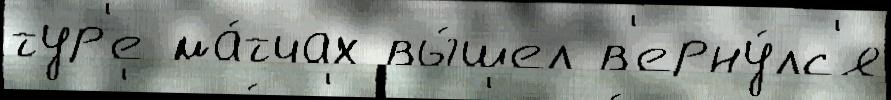
тур'е ма́тчах вы́шел в'ерну́лс'я